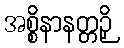
အစ္စိနာနတ္တဉှိ